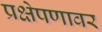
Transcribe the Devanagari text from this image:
प्रक्षेपणावर